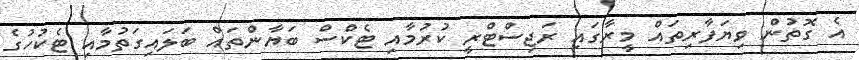
އެ ގޮތުން ވިޔަފާރިތައް މީރާގައި ރަޖިސްޓްރީ ކުރުމާއި ޓެކްސް ބަޔާންތައް ބަލައިގަތުމާއި ޓެކުހުގެ